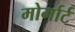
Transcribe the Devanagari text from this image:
मोर्गार्ट